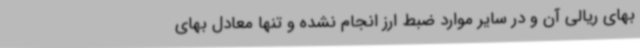
بهای ریالی آن و در سایر موارد ضبط ارز انجام نشده و تنها معادل بهای